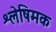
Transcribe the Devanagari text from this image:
श्लेषिमक